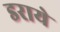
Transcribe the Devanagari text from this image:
डराये